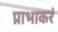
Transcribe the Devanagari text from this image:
प्राभाकरं